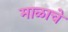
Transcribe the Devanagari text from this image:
माळाचे